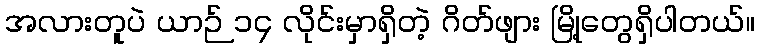
အလားတူပဲ ယာဉ် ၁၄ လိုင်းမှာရှိတဲ့ ဂိတ်ဖျား မြို့တွေရှိပါတယ်။